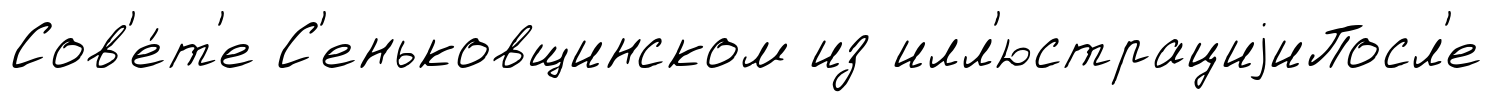
Сов'е́т'е С'еньковщинском из илл'юстрациjиПосл'е